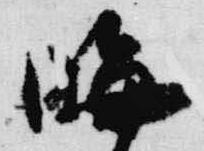
晦